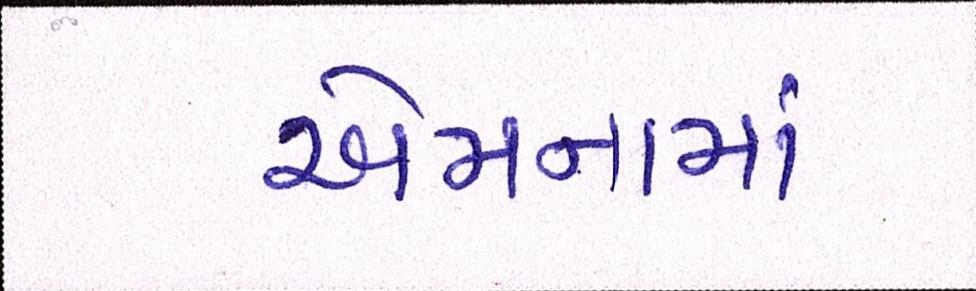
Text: એમનામાં